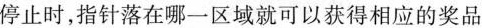
停止时，指针落在哪一区域就可以获得相应的奖品